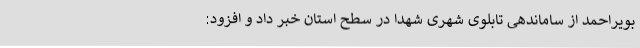
بویراحمد از ساماندهی تابلوی شهری شهدا در سطح استان خبر داد و افزود: